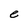
Character: e